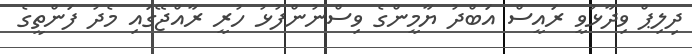
ދިލިޕް ވިދާޅުވީ ރައީސް އަބްދު ޔާމީންގެ ވިސްނުންފުޅު ހުރީ ރާއްޖޭގައި މެދު ފަންތީގެ